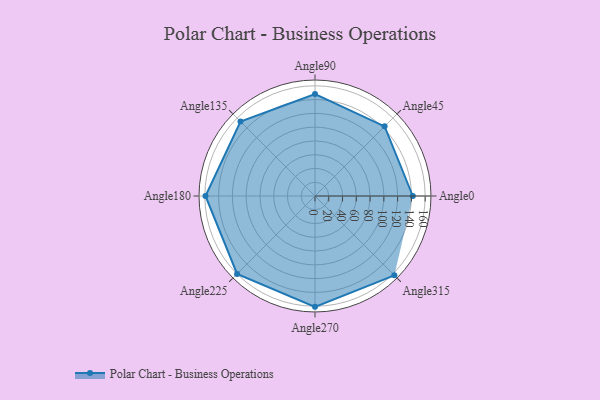
{"axis": {"x": "Angle", "y": "Radius"}, "legend": [""], "data": [{"x": "Angle0", "y": 142.0, "type": ""}, {"x": "Angle45", "y": 143.0, "type": ""}, {"x": "Angle90", "y": 148.0, "type": ""}, {"x": "Angle135", "y": 153.0, "type": ""}, {"x": "Angle180", "y": 159.0, "type": ""}, {"x": "Angle225", "y": 160.0, "type": ""}, {"x": "Angle270", "y": 161.0, "type": ""}, {"x": "Angle315", "y": 163.0, "type": ""}]}